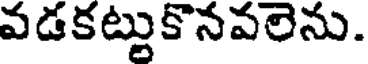
వడకట్టుకొనవలెను.